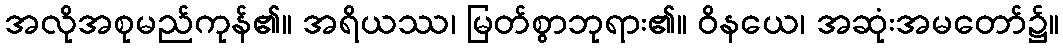
အလိုအစုမည်ကုန်၏။ အရိယဿ၊ မြတ်စွာဘုရား၏။ ဝိနယေ၊ အဆုံးအမတော်၌။